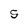
Character: S